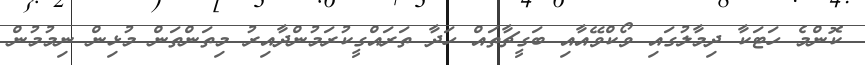
ކޮންމެ ހަޓަކާ ދިމާލުގައި ވޯކްވޭއާއި ބަގީޗާތައް ހަދާ ތަަރައްގީކުރަމުންދާއިރު މިތަންތަން މުޅިން ނިމުމުން